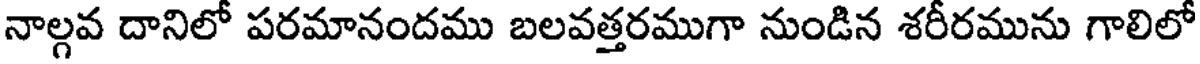
నాల్గవ దానిలో పరమానందము బలవత్తరముగా నుండిన శరీరమును గాలిలో